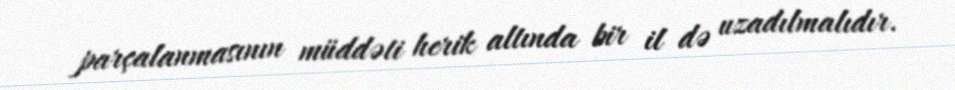
parçalanmasının müddəti herik altında bir il də uzadılmalıdır.